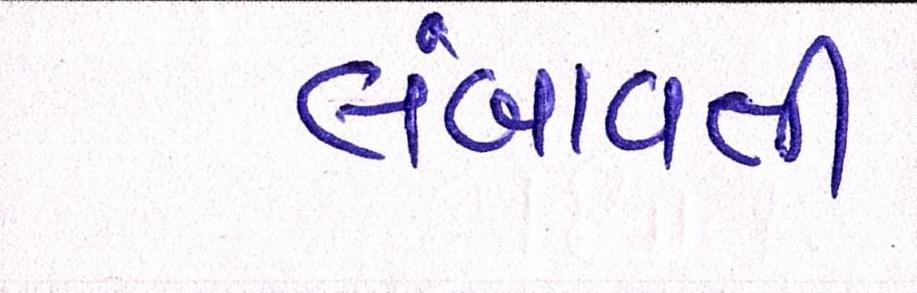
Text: લંબાવવી